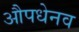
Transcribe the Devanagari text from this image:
औपधेनव